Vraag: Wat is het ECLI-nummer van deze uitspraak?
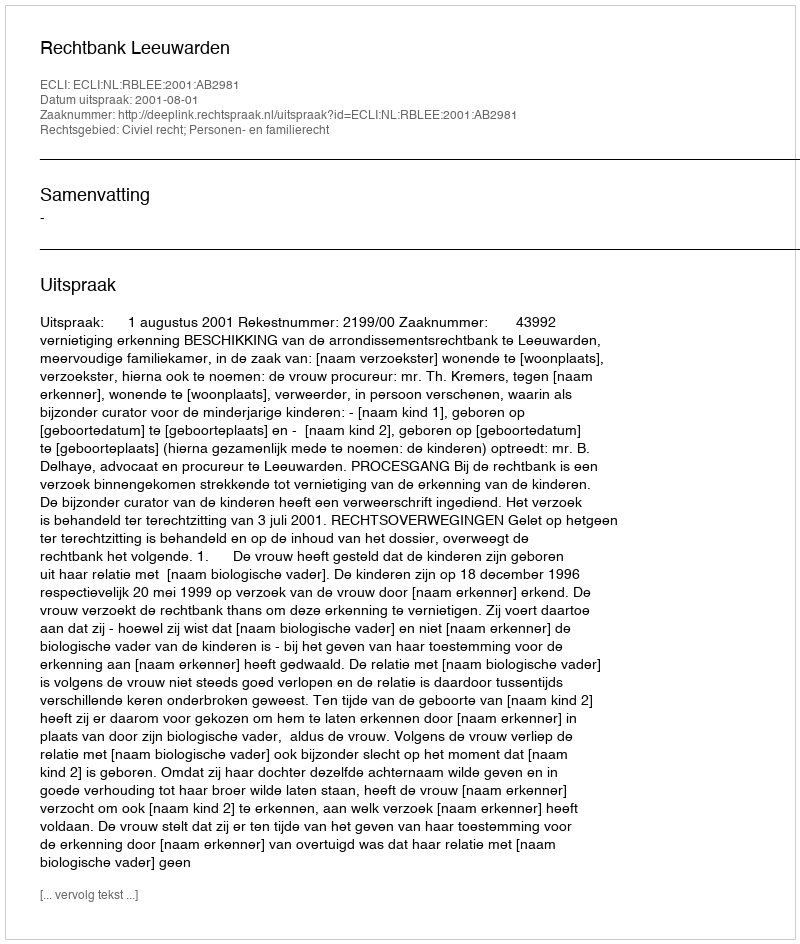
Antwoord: ECLI:NL:RBLEE:2001:AB2981